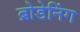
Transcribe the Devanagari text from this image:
ब्रोडेनिंग